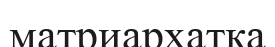
матриархатқа